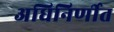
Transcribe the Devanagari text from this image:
अधिनिर्णीत